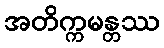
အတိက္ကမန္တဿ